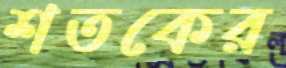
শতকের